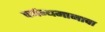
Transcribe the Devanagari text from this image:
पर्जन्यमानाचा